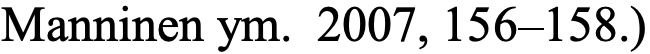
Manninen ym. 2007, 156–158.)